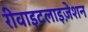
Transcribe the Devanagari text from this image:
रीवाइटलाइज़ेशन